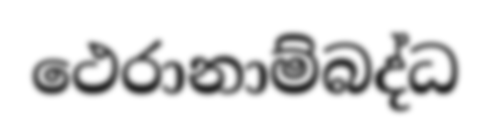
ථෙරානාම්බද්ධ